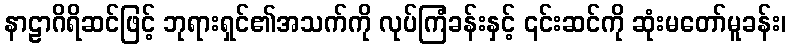
နာဠာဂိရိဆင်ဖြင့် ဘုရားရှင်၏အသက်ကို လုပ်ကြံခန်းနှင့် ၎င်းဆင်ကို ဆုံးမတော်မူခန်း၊